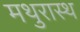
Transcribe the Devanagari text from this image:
मथुरास्थ